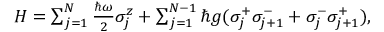
\begin{array} { r } { H = \sum _ { j = 1 } ^ { N } \frac { \hbar \omega } { 2 } \sigma _ { j } ^ { z } + \sum _ { j = 1 } ^ { N - 1 } \hbar g ( \sigma _ { j } ^ { + } \sigma _ { j + 1 } ^ { - } + \sigma _ { j } ^ { - } \sigma _ { j + 1 } ^ { + } ) , } \end{array}